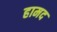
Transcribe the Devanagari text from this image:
हामद